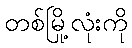
တစ်မြို့လုံးကို